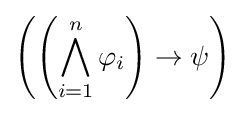
\left(\left(\bigwedge _{i=1}^{n}\varphi _{i}\right)\rightarrow \psi \right)